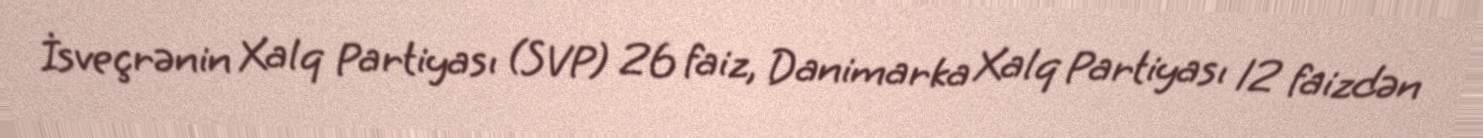
İsveçrənin Xalq Partiyası (SVP) 26 faiz, Danimarka Xalq Partiyası 12 faizdən